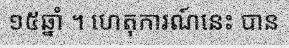
១៥ឆ្នាំ ។ ហេតុការណ៍នេះ បាន